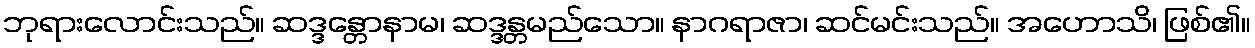
ဘုရားလောင်းသည်။ ဆဒ္ဒန္တောနာမ၊ ဆဒ္ဒန္တမည်သော။ နာဂရာဇာ၊ ဆင်မင်းသည်။ အဟောသိ၊ ဖြစ်၏။